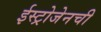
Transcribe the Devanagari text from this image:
ईस्ट्रोजेनची